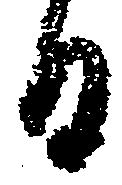
日